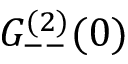
G _ { -- } ^ { ( 2 ) } ( 0 )